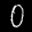
Label: 0